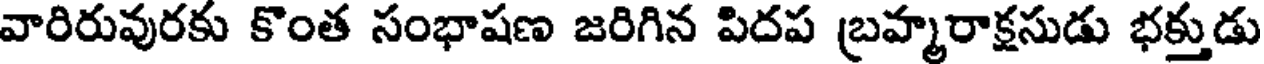
వారిరువురకు కొంత సంభాషణ జరిగిన పిదప బ్రహ్మరాక్షసుడు భక్తుడు